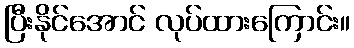
ပြီးနိုင်အောင် လုပ်ထားကြောင်း။